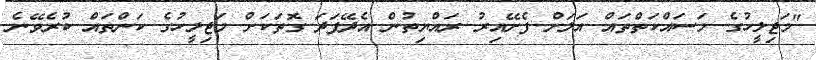
"މަޖިލީހުގެ މަސައްކަތްތައް އަލަށް ފެށޭއިރު ރައްޔިތުން އެދޭފަދަ ގޮތަކަށް މަޖިލީހުގެ ކަންތައް ކުރެވޭނެ